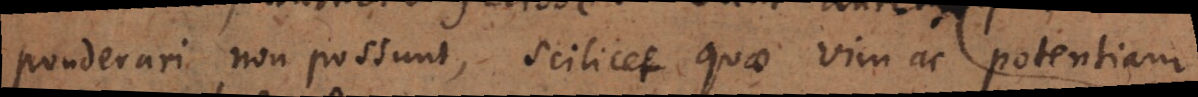
ponderari non possunt, scilicet quae vim ac potentiam